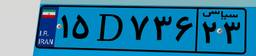
۱۵D۷۳۶۲۳